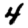
Digit: 4